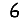
Digit: 6